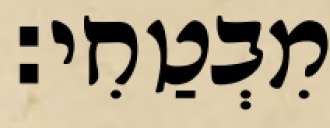
מִבְטַחִי: